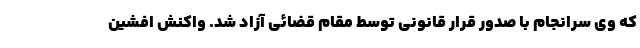
که وی سرانجام با صدور قرار قانونی توسط مقام قضائی آزاد شد. واکنش افشین